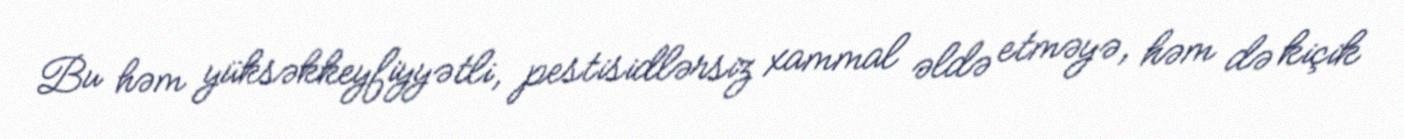
Bu həm yüksəkkeyfiyyətli, pestisidlərsiz xammal əldə etməyə, həm də kiçik